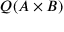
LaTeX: Q ( A \times B )